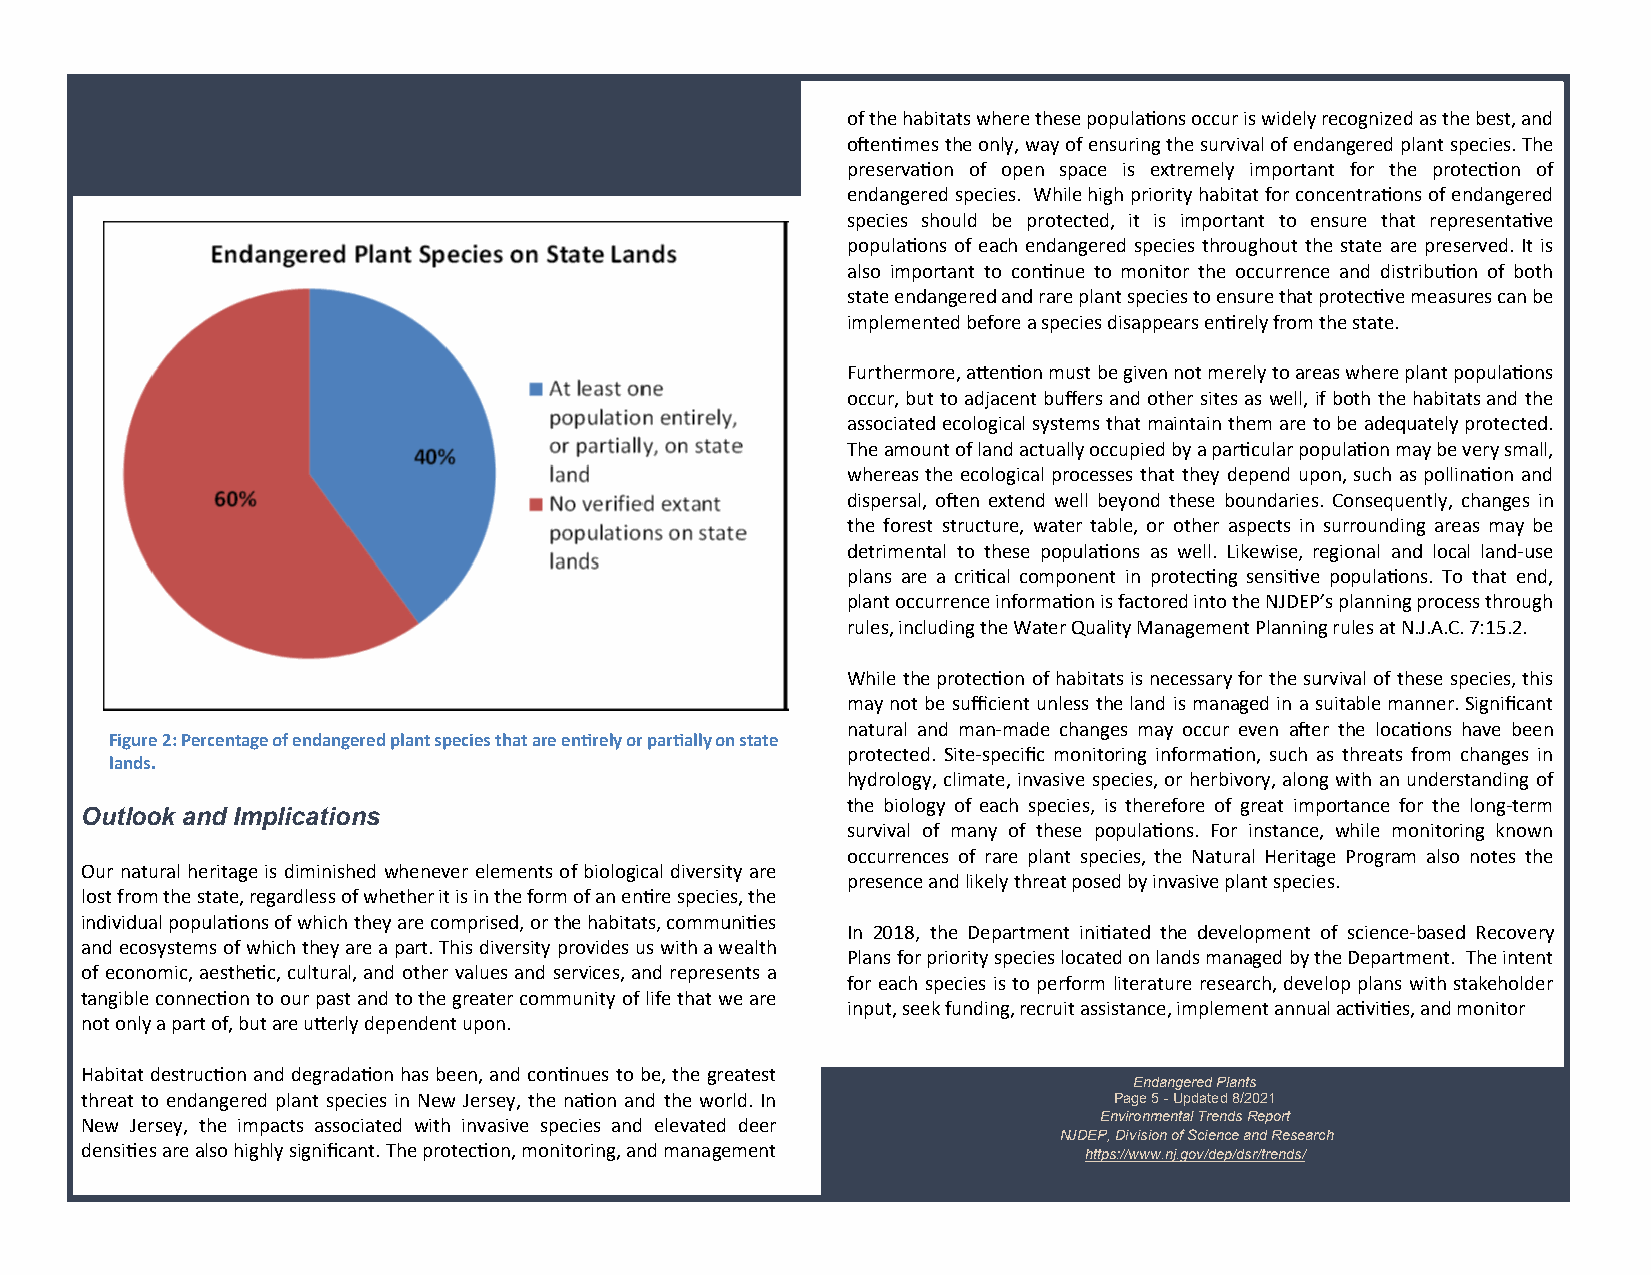
of the habitats where these populations occur is widely recognized as the best, and
 oftentimes the only, way of ensuring the survival of endangered plant species. The
 preservation of open space is extremely important for the protection of
 endangered species. While high priority habitat for concentrations of endangered
 species should be protected, it is important to ensure that representative
 populations of each endangered species throughout the state are preserved. It is
 also important to continue to monitor the occurrence and distribution of both
 state endangered and rare plant species to ensure that protective measures can be
 implemented before a species disappears entirely from the state.
 Furthermore, attention must be given not merely to areas where plant populations
 occur, but to adjacent buffers and other sites as well, if both the habitats and the
 associated ecological systems that maintain them are to be adequately protected.
 The amount of land actually occupied by a particular population may be very small,
 whereas the ecological processes that they depend upon, such as pollination and
 dispersal, often extend well beyond these boundaries. Consequently, changes in
 the forest structure, water table, or other aspects in surrounding areas may be
 detrimental to these populations as well. Likewise, regional and local land-use
 plans are a critical component in protecting sensitive populations. To that end,
 plant occurrence information is factored into the NJDEP’s planning process through
 rules, including the Water Quality Management Planning rules at N.J.A.C. 7:15.2.
 While the protection of habitats is necessary for the survival of these species, this
 may not be sufficient unless the land is managed in a suitable manner. Significant
 natural and man-made changes may occur even after the locations have been
 Figure 2: Percentage of endangered plant species that are entirely or partially on state
 protected. Site-specific monitoring information, such as threats from changes in
 lands.
 hydrology, climate, invasive species, or herbivory, along with an understanding of
 the biology of each species, is therefore of great importance for the long-term
 Outlook and Implications
 survival of many of these populations. For instance, while monitoring known
 occurrences of rare plant species, the Natural Heritage Program also notes the
 Our natural heritage is diminished whenever elements of biological diversity are
 presence and likely threat posed by invasive plant species.
 lost from the state, regardless of whether it is in the form of an entire species, the
 individual populations of which they are comprised, or the habitats, communities
 In 2018, the Department initiated the development of science-based Recovery
 and ecosystems of which they are a part. This diversity provides us with a wealth
 Plans for priority species located on lands managed by the Department. The intent
 of economic, aesthetic, cultural, and other values and services, and represents a
 for each species is to perform literature research, develop plans with stakeholder
 tangible connection to our past and to the greater community of life that we are
 input, seek funding, recruit assistance, implement annual activities, and monitor
 not only a part of, but are utterly dependent upon.
 Habitat destruction and degradation has been, and continues to be, the greatest
 Endangered Plants
 threat to endangered plant species in New Jersey, the nation and the world. In Page 5 - Updated 8/2021
 Environmental Trends Report
 New Jersey, the impacts associated with invasive species and elevated deer
 NJDEP, Division of Science and Research
 densities are also highly significant. The protection, monitoring, and management
 https://www.nj.gov/dep/dsr/trends/